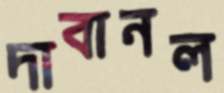
দাবানল